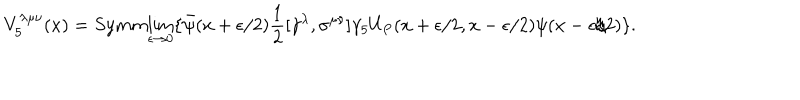
V _ { 5 } ^ { \lambda \mu \nu } ( x ) = S y m m { \lim _ { \epsilon \rightarrow 0 } } \{ \bar { \psi } ( x + \epsilon / 2 ) \frac { 1 } { 2 } [ \gamma ^ { \lambda } , \sigma ^ { \mu \nu } ] \gamma _ { 5 } U _ { P } ( x + \epsilon / 2 , x - \epsilon / 2 ) \psi ( x - \epsilon / 2 ) \} .